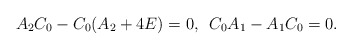
\begin{align*}A_{2}C_{0}-C_{0}(A_{2}+4E)=0,\,\,\, C_{0}A_{1}-A_{1}C_{0}=0.\end{align*}